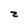
Character: Z